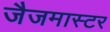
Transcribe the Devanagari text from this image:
जैजमास्टर